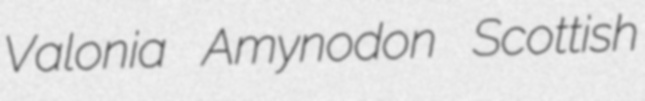
Valonia Amynodon Scottish